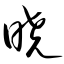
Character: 晓